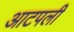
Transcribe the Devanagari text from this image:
आटपली